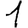
Digit: 1